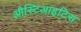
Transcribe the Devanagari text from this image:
औस्टिआइटिस